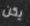
يكن